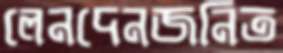
লেনদেনজনিত